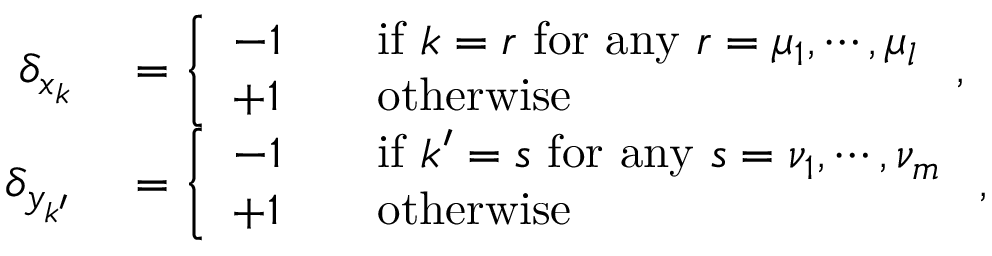
\begin{array} { r l } { \delta _ { x _ { k } } } & { { } = \left\{ \begin{array} { l l l } { - 1 } & { } & { \mathrm { i f } \ k = r \ \mathrm { f o r \ a n y } \ r = \mu _ { 1 } , \cdots , \mu _ { l } } \\ { + 1 } & { } & { \mathrm { o t h e r w i s e } } \end{array} \right. , } \\ { \delta _ { y _ { k ^ { \prime } } } } & { { } = \left\{ \begin{array} { l l l } { - 1 } & { } & { \mathrm { i f } \ k ^ { \prime } = s \ \mathrm { f o r \ a n y } \ s = \nu _ { 1 } , \cdots , \nu _ { m } } \\ { + 1 } & { } & { \mathrm { o t h e r w i s e } } \end{array} \right. , } \end{array}